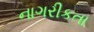
નાગરીકતા